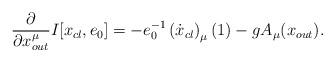
LaTeX: \begin{align*}\frac{\partial}{\partial{x}^{\mu}_{out}}I[x_{cl},e_{0}]=-e_{0}^{-1}\left(\dot{x}_{cl}\right)_{\mu}(1)-gA_{\mu}(x_{out}).\end{align*}